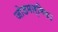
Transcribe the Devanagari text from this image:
जोडमार्गिका